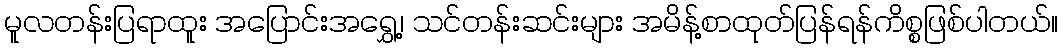
မူလတန်းပြရာထူး အပြောင်းအရွှေ့၊ သင်တန်းဆင်းများ အမိန့်စာထုတ်ပြန်ရန်ကိစ္စဖြစ်ပါတယ်။